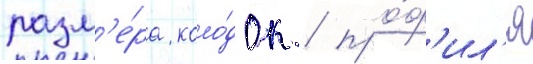
разм'е́ра коло́док / про́ф'ил'я